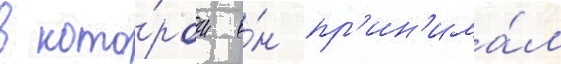
в кото́ром о́н пр'ин'има́л